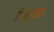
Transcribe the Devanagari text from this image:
बिकाया।